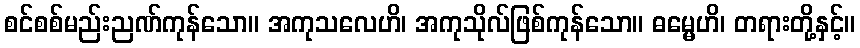
စင်စစ်မည်းညဏ်ကုန်သော။ အကုသလေဟိ၊ အကုသိုလ်ဖြစ်ကုန်သော။ ဓမ္မေဟိ၊ တရားတို့နှင့်။